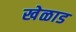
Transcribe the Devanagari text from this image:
खेळाड